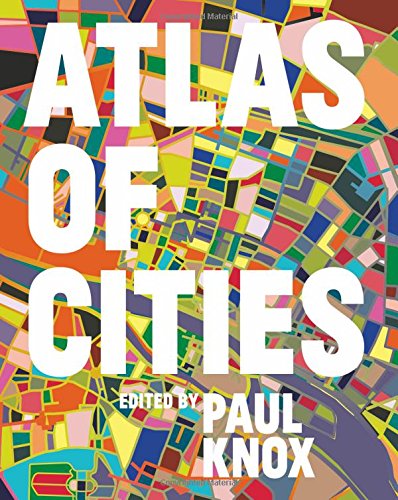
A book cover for Atlas of Cities; Business & Money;